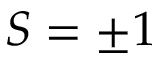
S = \pm 1